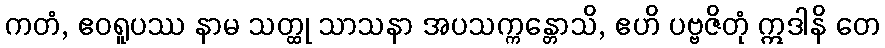
ကတံ, ဧဝရူပဿ နာမ သတ္ထု သာသနာ အပသက္ကန္တောသိ, ဧဟိ ပဗ္ဗဇိတုံ ဣဒါနိ တေ